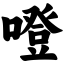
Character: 噔